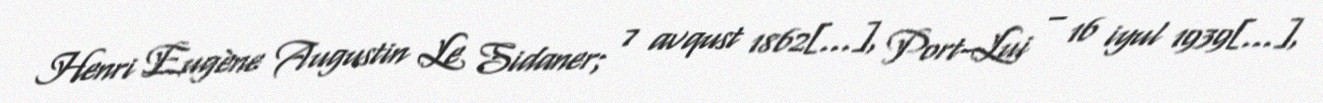
Henri Eugène Augustin Le Sidaner; 7 avqust 1862[…], Port-Lui – 16 iyul 1939[…],